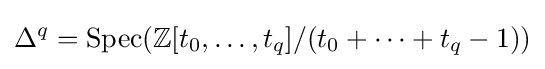
\Delta ^{q}=\operatorname {Spec} (\mathbb {Z} [t_{0},\dots ,t_{q}]/(t_{0}+\dots +t_{q}-1))